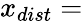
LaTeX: x_{dist}=